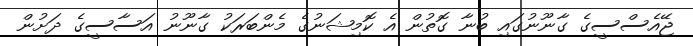
ޖޭއެސްސީގެ ގާނޫނުގައި ބުނާ ގޮތުން އެ ކޮމިޝަނުގެ މެންބަރަކު ގާނޫނު އަސާސީގެ ދަށުން